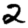
Digit: 2